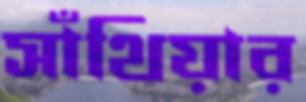
সাঁথিয়ার